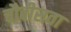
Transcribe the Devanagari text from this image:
चौबीसवा